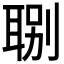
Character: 𦖇